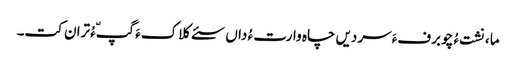
ما ،نشت ءُ چو برفءَ سردیں چاہ وارت ءُ داں سئے کلاکءَ گپّءُ تران کت۔